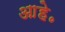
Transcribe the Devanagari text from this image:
आहे॰